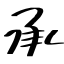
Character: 承